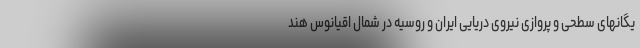
یگانهای سطحی و پروازی نیروی دریایی ایران و روسیه در شمال اقیانوس هند